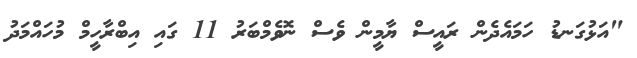
"އަޅުގަނޑު ހަމައެދެން ރައީސް ޔާމީން ވެސް ނޮވެމްބަރު 11 ގައި އިބްރާހީމް މުހައްމަދު